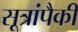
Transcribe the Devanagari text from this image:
सूत्रांपैकी